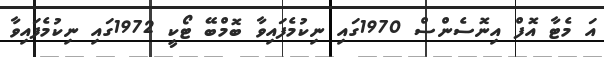
އަ މެޓާ އޮފް އިނޮސެންސް 1970ގައި ނިކުމެފައިވާ ބޮމްބޭ ޓޯކީ 1972ގައި ނިކުމެފައިވާ